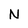
Character: N